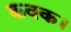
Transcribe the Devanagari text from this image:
कवक।